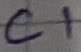
Text: C1